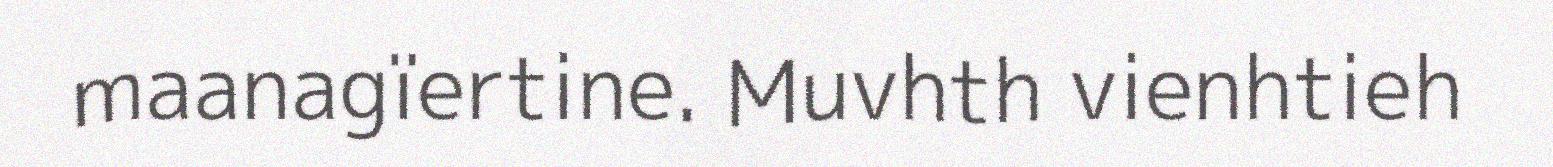
maanagïertine. Muvhth vienhtieh